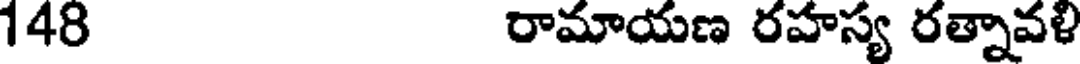
148 రామాయణ రహస్య రత్నావళి